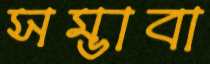
সম্ভাবা